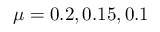
\mu = 0 . 2 , 0 . 1 5 , 0 . 1